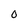
Character: 0